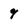
Character: 9